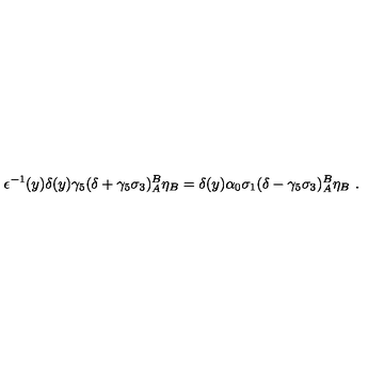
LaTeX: \epsilon ^ { - 1 } ( y ) \delta ( y ) \gamma _ { 5 } ( \delta + \gamma _ { 5 } \sigma _ { 3 } ) _ { A } ^ { B } \eta _ { B } = \delta ( y ) \alpha _ { 0 } \sigma _ { 1 } ( \delta - \gamma _ { 5 } \sigma _ { 3 } ) _ { A } ^ { B } \eta _ { B } \ .